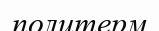
политерм